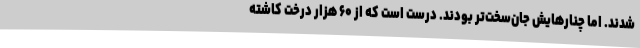
شدند. اما چنارهایش جان‌سخت‌تر بودند. درست است که از ۶۰ هزار درخت کاشته